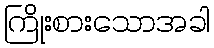
ကြိုးစားသောအခါ